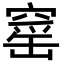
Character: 窰